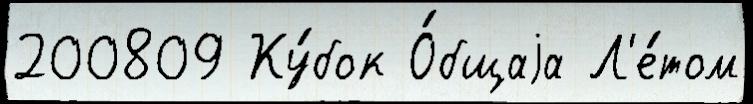
200809 Ку́бок О́бщаjа Л'е́том